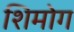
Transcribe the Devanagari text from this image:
शिमोग